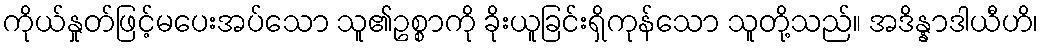
ကိုယ်နှုတ်ဖြင့်မပေးအပ်သော သူ၏ဥစ္စာကို ခိုးယူခြင်းရှိကုန်သော သူတို့သည်။ အဒိန္နာဒါယီဟိ၊